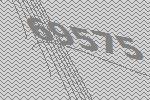
69575